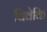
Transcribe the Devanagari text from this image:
विवेकि